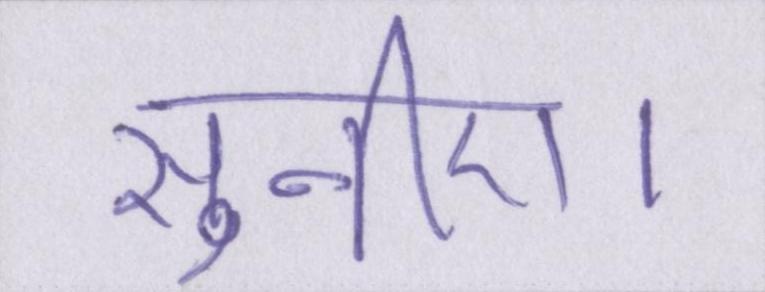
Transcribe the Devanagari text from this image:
सुनिए।